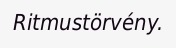
Ritmustörvény.